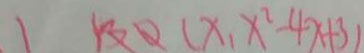
1 ( x _ { 1 } x ^ { 2 } - 4 x + 3 )